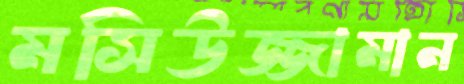
মসিউজ্জামান